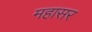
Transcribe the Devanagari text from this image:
महासर